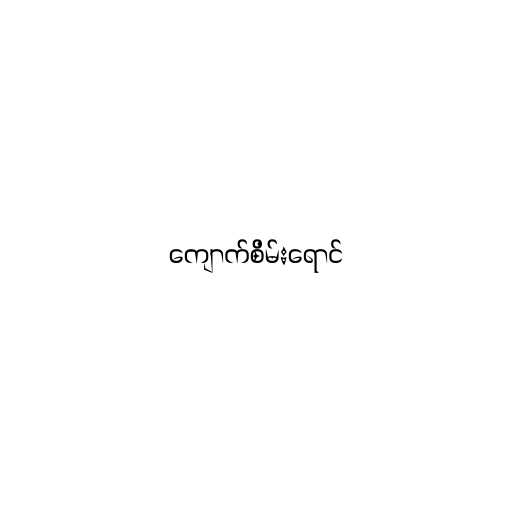
ကျောက်စိမ်းရောင်